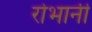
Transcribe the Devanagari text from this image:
रोभानी